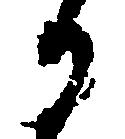
か